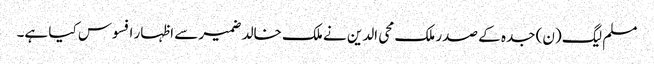
مسلم لیگ (ن) جدہ کے صدر ملک محی الدین نے ملک خالد ضمیر سے اظہار افسوس کیا ہے۔